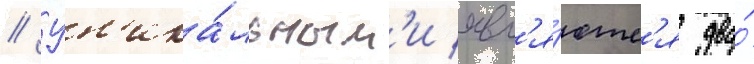
// Ун'ика́льным'и явл'я́ютс'я два́